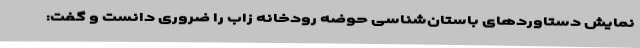
نمایش دستاوردهای باستان‌شناسی حوضه رودخانه زاب را ضروری دانست و گفت: